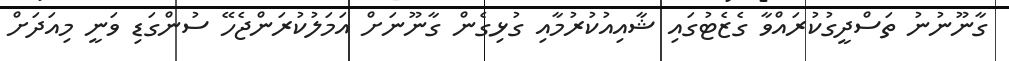
ގާނޫނުނު ތަސްދީގުކުރައްވާ ގެޒެޓުގައި ޝާއިއުކުރުމާއި ގުޅިގެން ގާނޫނަށް އަމަލުކުރަންޖެހޭ ސުންގަޑި ވަނީ މިއަދަށް